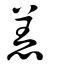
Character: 恙